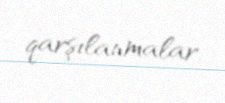
qarşılanmalar.